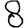
Digit: 8